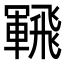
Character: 𩙵